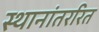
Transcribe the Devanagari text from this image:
स्थानांतररित